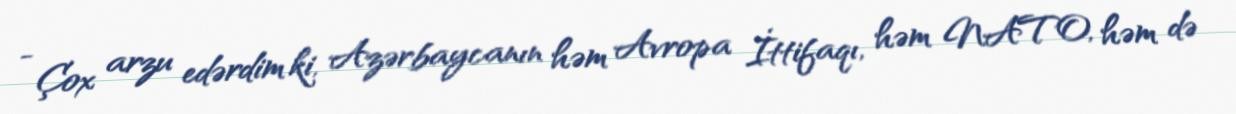
- Çox arzu edərdim ki, Azərbaycanın həm Avropa İttifaqı, həm NATO, həm də